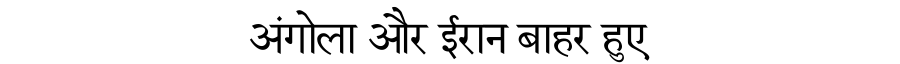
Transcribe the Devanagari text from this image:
अंगोला और ईरान बाहर हुए